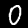
Label: 0